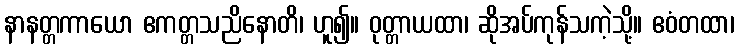
နာနတ္တကာယော ဧကတ္တသညိနောတိ၊ ဟူ၍။ ဝုတ္တာယထာ၊ ဆိုအပ်ကုန်သကဲ့သို့။ ဧဝံတထာ၊